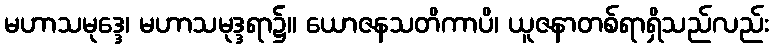
မဟာသမုဒ္ဒေ၊ မဟာသမုဒ္ဒရာ၌။ ယောဇနသတိကာပိ၊ ယူဇနာတစ်ရာရှိသည်လည်း